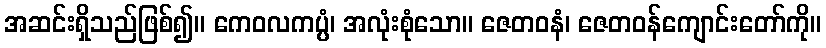
အဆင်းရှိသည်ဖြစ်၍။ ကေဝလကပ္ပံ၊ အလုံးစုံသော။ ဇေတဝနံ၊ ဇေတဝန်ကျောင်းတော်ကို။